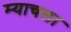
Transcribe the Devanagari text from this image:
म्याचला